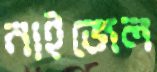
নাইজেল